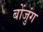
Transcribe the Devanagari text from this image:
बोंजुंग